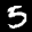
Label: 5